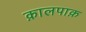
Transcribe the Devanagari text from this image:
क़ालपाक़